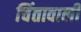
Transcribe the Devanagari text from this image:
चिंतावाली